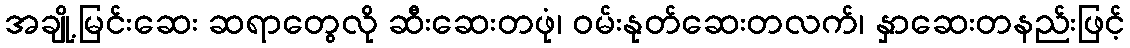
အချို့မြင်းဆေး ဆရာတွေလို ဆီးဆေးတဖုံ၊ ဝမ်းနုတ်ဆေးတလက်၊ နှာဆေးတနည်းဖြင့်